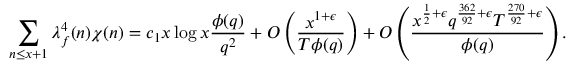
\sum _ { n \leq x + 1 } \lambda _ { f } ^ { 4 } ( n ) \chi ( n ) = c _ { 1 } x \log x \frac { \phi ( q ) } { q ^ { 2 } } + O \left( \frac { x ^ { 1 + \epsilon } } { T \phi ( q ) } \right) + O \left( \frac { x ^ { \frac { 1 } { 2 } + \epsilon } q ^ { \frac { 3 6 2 } { 9 2 } + \epsilon } T ^ { \frac { 2 7 0 } { 9 2 } + \epsilon } } { \phi ( q ) } \right) .